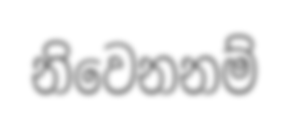
නිවෙනනම්